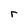
Character: r